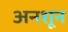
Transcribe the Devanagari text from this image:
अनशून